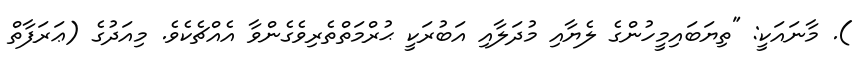
). މާނައަކީ: "ތިޔަބައިމީހުންގެ ލެޔާއި މުދަލާއި އަބުރަކީ ޙުރްމަތްތެރިވެގެންވާ އެއްޗެކެވެ. މިއަދުގެ (ޢަރަފާތް